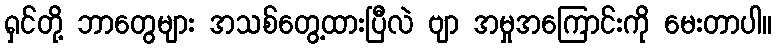
ရှင်တို့ ဘာတွေများ အသစ်တွေ့ထားပြီလဲ ဗျာ အမှုအကြောင်းကို မေးတာပါ။